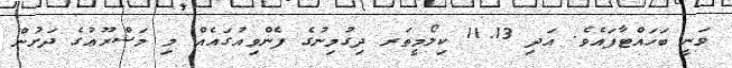
ވަނީ ބަހައްޓާފައެވެ. އަދި 11.13 ކިލޯމީތަރ ދިގުމިނުގެ ފެންވިއުގައެއް މި މަޝްރޫޢުގެ ދަށުން